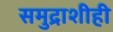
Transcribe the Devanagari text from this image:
समुद्राशीही